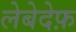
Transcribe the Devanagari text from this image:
लेबेदेफ़